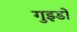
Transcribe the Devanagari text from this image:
गुइडो